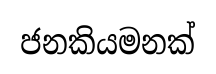
ජනකියමනක්